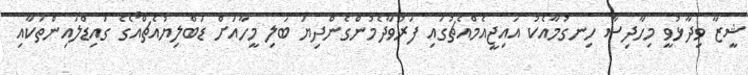
ޝީޒާ ވިދާޅުވީ މިހާދިސާ ހިނގުމާއެކު އައިޖީއެމްއެޗުގައި ފަރުވާދެމުންގެންދިޔަ ބަލި މީހާއަށް ޑަބްލިޔުއެޗްއޯގެ ގައިޑްލައިންތަކާއި